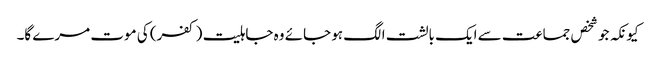
کیونکہ جو شخص جماعت سے ایک بالشت الگ ہو جائے وہ جاہلیت (کفر) کی موت مرے گا۔